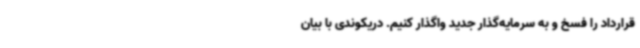
قرارداد را فسخ و به سرمایه‌گذار جدید واگذار کنیم. دریکوندی با بیان